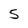
Character: 5